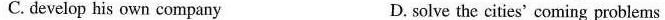
C. develop his own company D. solve the cities' coming problems